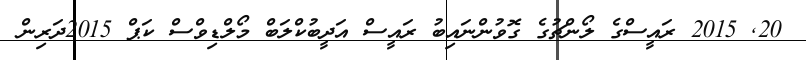
20